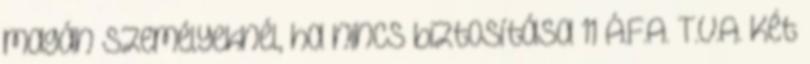
magán személyeknél, ha nincs biztosítása 11 Á.F.A. T.V.A. Két